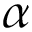
\alpha